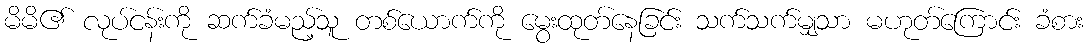
မိမိ၏ လုပ်ငန်းကို ဆက်ခံမည့်သူ တစ်ယောက်ကို မွေးထုတ်နေခြင်း သက်သက်မျှသာ မဟုတ်ကြောင်း ခံစား